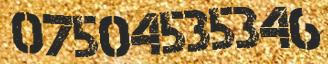
07504535346